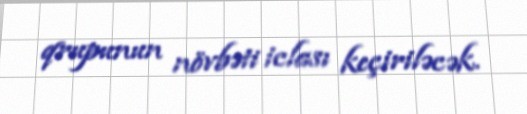
qrupunun növbəti iclası keçiriləcək.